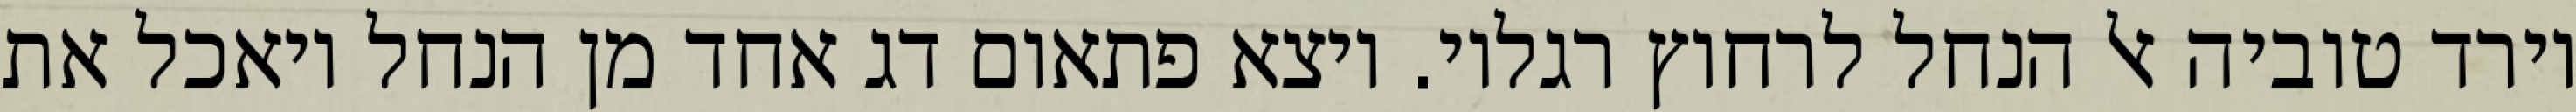
וירד טוביה אל הנחל לרחוץ רגליו. ויצא פתאום דג אחד מן הנחל ויאכל את